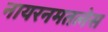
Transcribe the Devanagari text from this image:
नायरनमतलेस